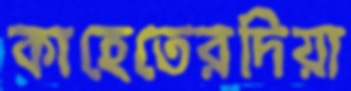
কাহেতেরদিয়া